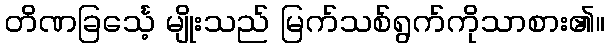
တိဏခြင်္သေ့ မျိုးသည် မြက်သစ်ရွက်ကိုသာစား၏။